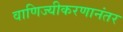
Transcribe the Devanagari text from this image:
वाणिज्यीकरणानंतर